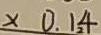
\times 0 . 1 4